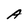
Character: A